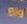
big